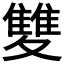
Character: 𩀱